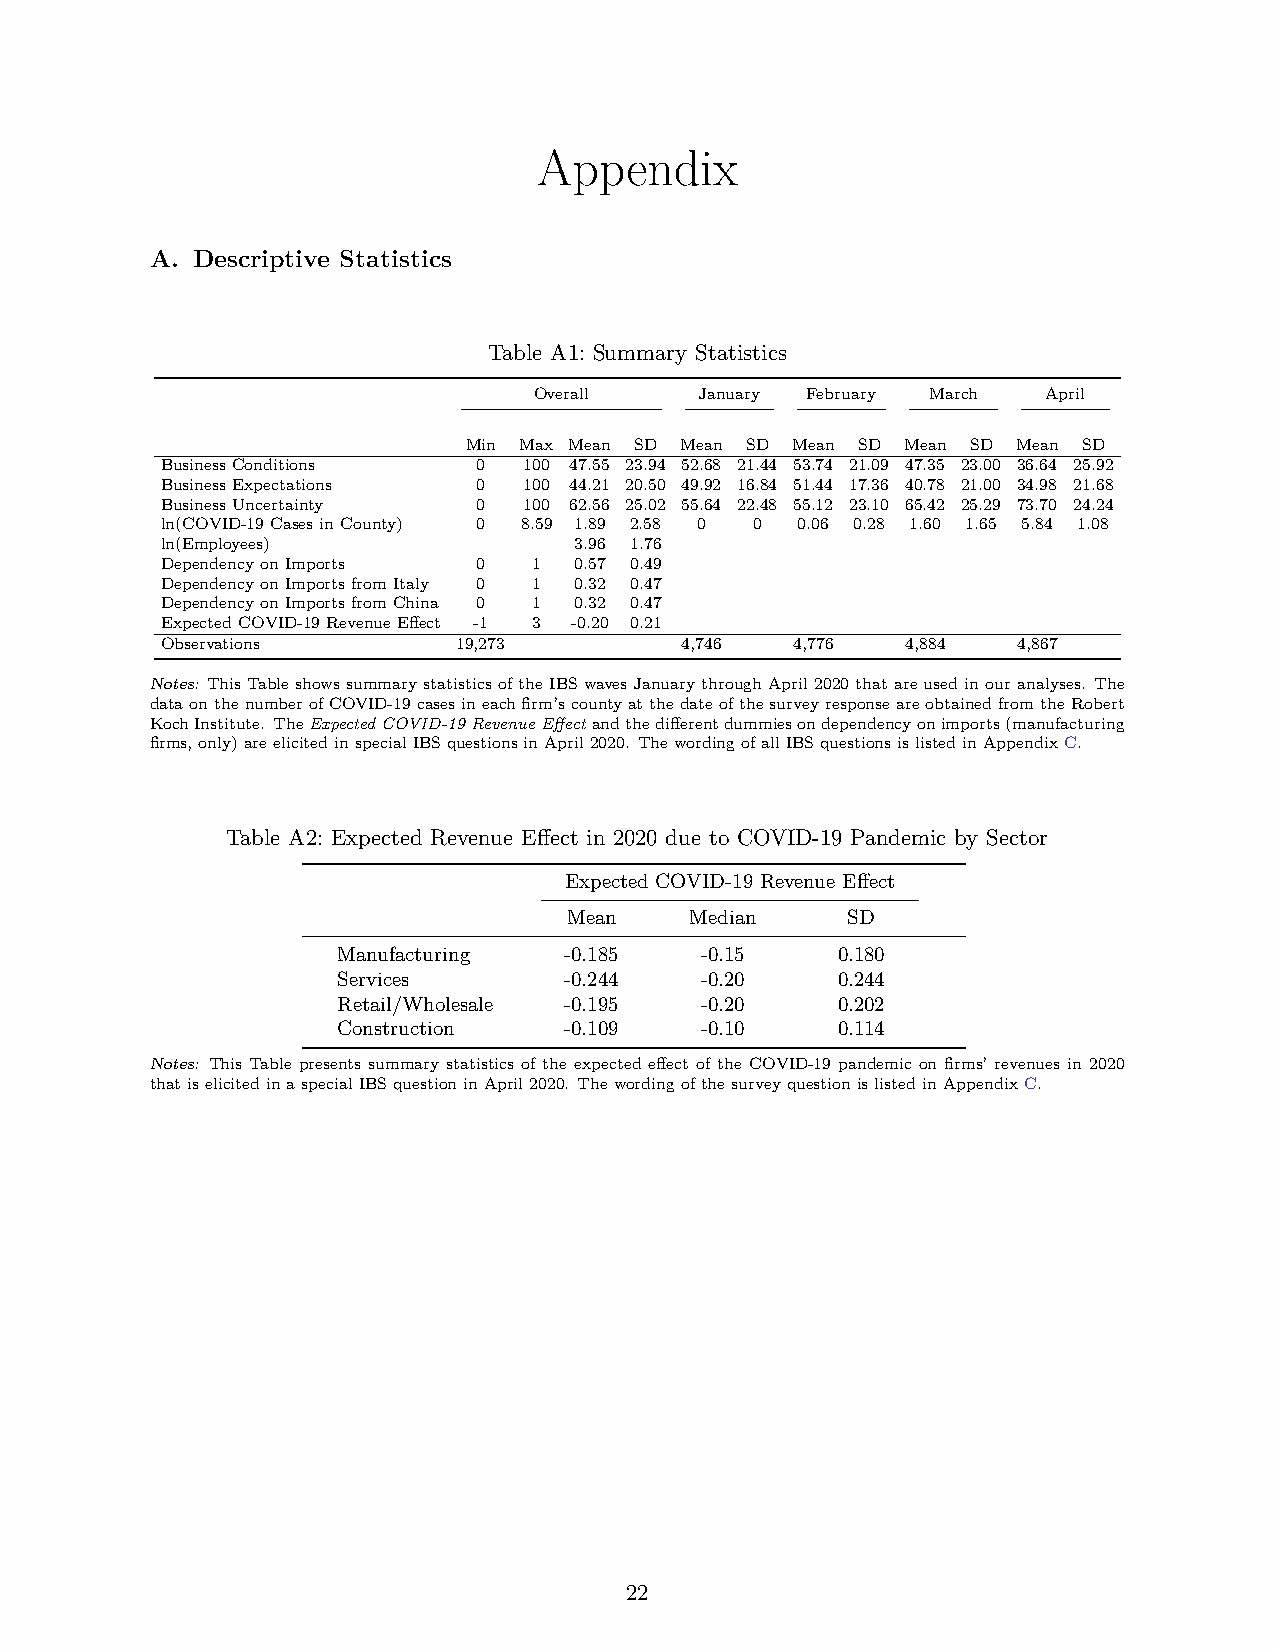
Appendix
 A. Descriptive Statistics
 Table A1: Summary Statistics
 Overall    January February March April
 Min Max Mean SD Mean SD Mean SD Mean SD Mean SD
 BusinessConditions   0  100 47.55 23.94 52.68 21.44 53.74 21.09 47.35 23.00 36.64 25.92
 BusinessExpectations 0  100 44.21 20.50 49.92 16.84 51.44 17.36 40.78 21.00 34.98 21.68
 BusinessUncertainty  0  100 62.56 25.02 55.64 22.48 55.12 23.10 65.42 25.29 73.70 24.24
 ln(COVID-19CasesinCounty) 0 8.59 1.89 2.58 0 0 0.06 0.28 1.60 1.65 5.84 1.08
 ln(Employees)              3.96 1.76
 DependencyonImports  0  1  0.57 0.49
 DependencyonImportsfromItaly 0 1 0.32 0.47
 DependencyonImportsfromChina 0 1 0.32 0.47
 ExpectedCOVID-19RevenueEffect -1 3 -0.20 0.21
 Observations       19,273         4,746   4,776  4,884  4,867
 Notes: ThisTableshowssummarystatisticsoftheIBSwavesJanuarythroughApril2020thatareusedinouranalyses. The
 dataonthenumberofCOVID-19casesineachfirm’scountyatthedateofthesurveyresponseareobtainedfromtheRobert
 KochInstitute. TheExpectedCOVID-19RevenueEffect andthedifferentdummiesondependencyonimports(manufacturing
 firms,only)areelicitedinspecialIBSquestionsinApril2020. ThewordingofallIBSquestionsislistedinAppendixC.
 Table A2: Expected Revenue Effect in 2020 due to COVID-19 Pandemic by Sector
 Expected COVID-19 Revenue Effect
 Mean    Median    SD
 Manufacturing  -0.185   -0.15    0.180
 Services       -0.244   -0.20    0.244
 Retail/Wholesale -0.195 -0.20    0.202
 Construction   -0.109   -0.10    0.114
 Notes: This Table presents summary statistics of the expected effect of the COVID-19 pandemic on firms’ revenues in 2020
 thatiselicitedinaspecialIBSquestioninApril2020. ThewordingofthesurveyquestionislistedinAppendixC.
 22